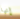
إنها